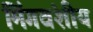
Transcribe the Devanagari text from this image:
मिंगवंशीय